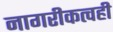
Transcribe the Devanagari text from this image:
नागरीकत्वही